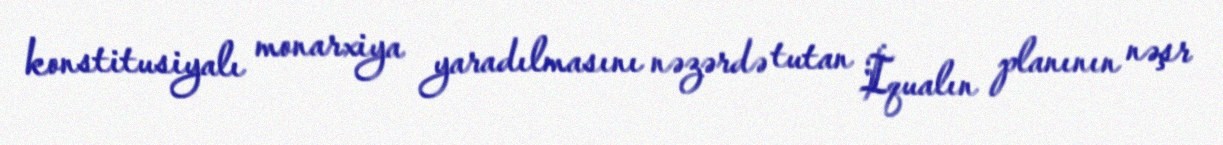
konstitusiyalı monarxiya yaradılmasını nəzərdə tutan İqualın planının nəşr